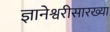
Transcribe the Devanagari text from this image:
ज्ञानेश्वरीसारख्या